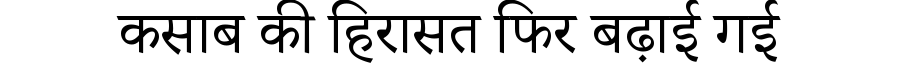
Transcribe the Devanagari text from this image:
कसाब की हिरासत फिर बढ़ाई गई